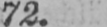
72.